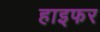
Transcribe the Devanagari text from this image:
हाइफर